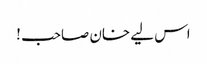
اس لیے خان صاحب !